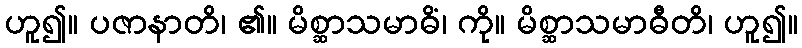
ဟူ၍။ ပဇာနာတိ၊ ၏။ မိစ္ဆာသမာဓိံ၊ ကို။ မိစ္ဆာသမာဓီတိ၊ ဟူ၍။